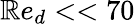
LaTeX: \mathbb{R}e_{d}<<70